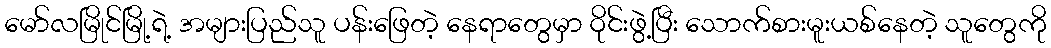
မော်လမြိုင်မြို့ရဲ့ အများပြည်သူ ပန်းဖြေတဲ့ နေရာတွေမှာ ဝိုင်းဖွဲ့ပြီး သောက်စားမူးယစ်နေတဲ့ သူတွေကို